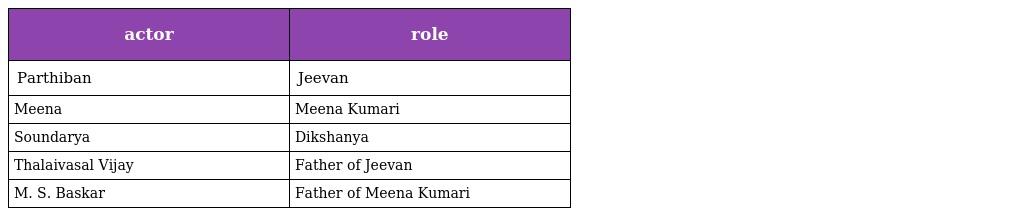
| actor | role |
 | --- | --- |
 | Parthiban | Jeevan |
 | Meena | Meena Kumari |
 | Soundarya | Dikshanya |
 | Thalaivasal Vijay | Father of Jeevan |
 | M. S. Baskar | Father of Meena Kumari |